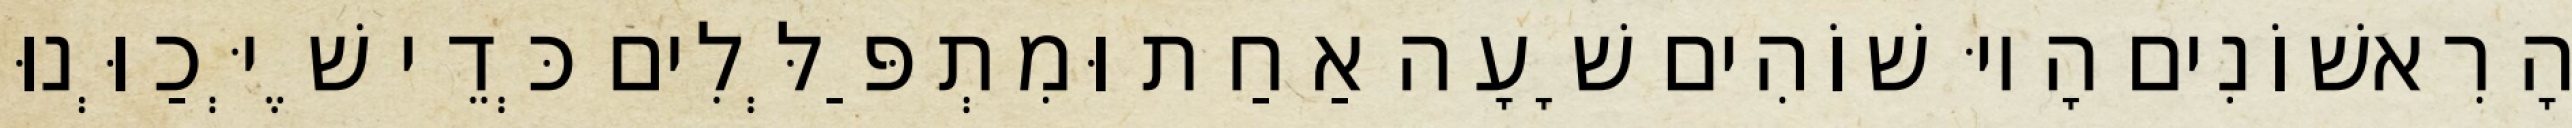
הָרִאשׁוֹנִים הָיוּ שׁוֹהִים שָׁעָה אַחַת וּמִתְפַּלְּלִים כְּדֵי שֶׁיְּכַוְּנוּ